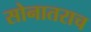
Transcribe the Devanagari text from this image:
सोनातराच